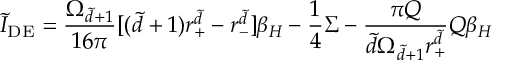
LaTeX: \tilde { I } _ { \mathrm { D E } } = \frac { \Omega _ { \tilde { d } + 1 } } { 1 6 \pi } [ ( \tilde { d } + 1 ) r _ { + } ^ { \tilde { d } } - r _ { - } ^ { \tilde { d } } ] \beta _ { H } - \frac { 1 } { 4 } \Sigma - \frac { \pi Q } { \tilde { d } \Omega _ { \tilde { d } + 1 } r _ { + } ^ { \tilde { d } } } Q \beta _ { H }